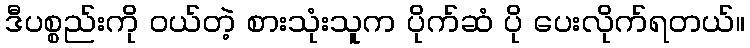
ဒီပစ္စည်းကို ဝယ်တဲ့ စားသုံးသူက ပိုက်ဆံ ပို ပေးလိုက်ရတယ်။